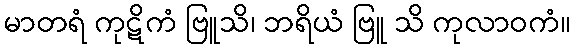
မာတရံ ကုဋိကံ ဗြူသိ၊ ဘရိယံ ဗြူ သိ ကုလာဝကံ။